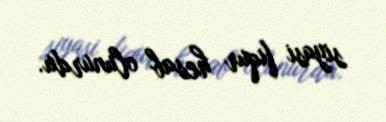
siyasi fiqur hesab olunurdu.